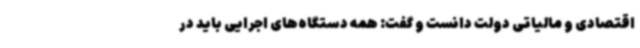
اقتصادی و مالیاتی دولت دانست و گفت: همه دستگاه‌های اجرایی باید در